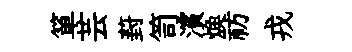
箪芸葑笥濱焕祊戎